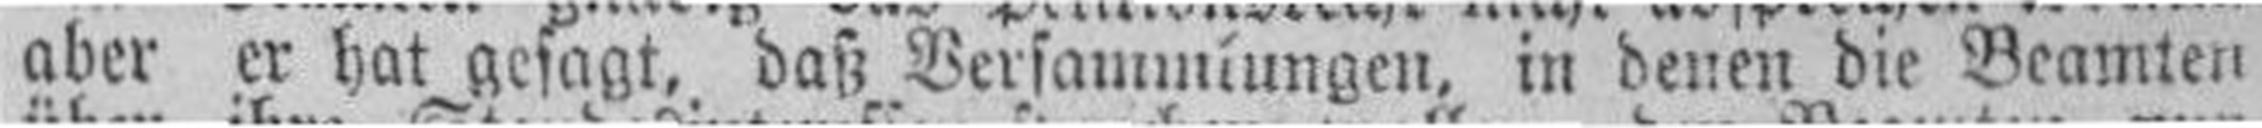
aber er hat gesagt, daß Versamniungen, in denen die Beamten